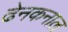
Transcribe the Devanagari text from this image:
ढेनकनाल